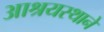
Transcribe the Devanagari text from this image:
आश्रयस्थाने